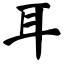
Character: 耳